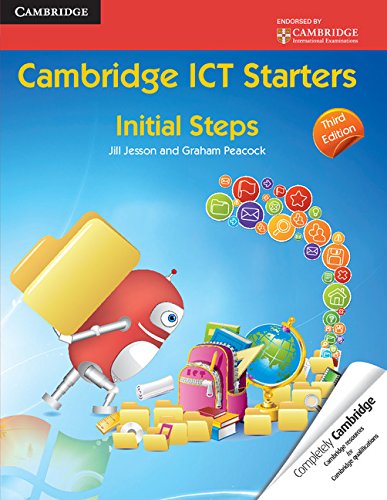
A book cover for Cambridge ICT Starters: Initial Steps; Jill Jesson; Teen & Young Adult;